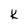
Character: K